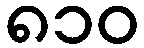
၈၁၀